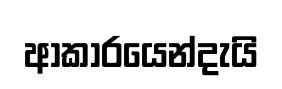
ආකාරයෙන්දැයි